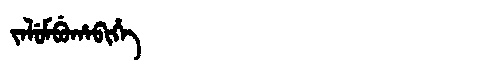
Manchu: ᠵᠠᠯᡠᠮᠪᡠᡥᠠᠪᡳᡥᡝ
Romanization: JALUMBUHABIHE